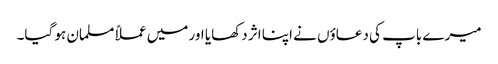
میرے باپ کی دعاؤں نے اپنا اثر دکھایا اور میں عملاً مسلمان ہو گیا۔